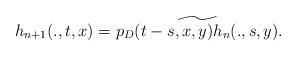
LaTeX: \begin{align*}h_{n+1}(.,t,x)= \widetilde{p_D(t-s,x,y)h_n(., s,y)}.\end{align*}